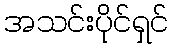
အသင်းပိုင်ရှင်